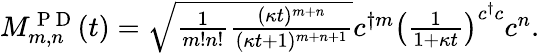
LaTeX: \begin{array}{r}{M_{m,n}^{\mathrm{~P~D~}}(t)=\sqrt{\frac{1}{m!n!}\frac{(\kappa t)^{m+n}}{(\kappa t+1)^{m+n+1}}}c^{\dagger m}\left(\frac{1}{1+\kappa t}\right)^{c^{\dagger}c}c^{n}.}\end{array}